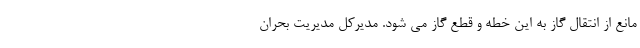
مانع از انتقال گاز به این خطه و قطع گاز می شود. مدیرکل مدیریت بحران